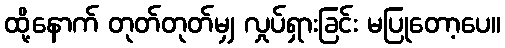
ထို့နောက် တုတ်တုတ်မျှ လှုပ်ရှားခြင်း မပြုတော့ပေ။